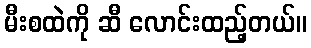
မီးစထဲကို ဆီ လောင်းထည့်တယ်။